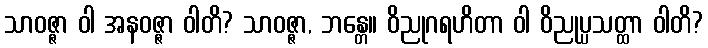
သာဝဇ္ဇာ ဝါ အနဝဇ္ဇာ ဝါတိ? သာဝဇ္ဇာ, ဘန္တေ။ ဝိညုဂရဟိတာ ဝါ ဝိညုပ္ပသတ္ထာ ဝါတိ?